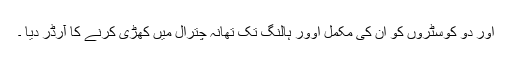
اور دو کوسٹروں کو اُن کی مکمل اوور ہالنگ تک تھانہ چترال میں کھڑی کرنے کا آرڈر دیا ۔